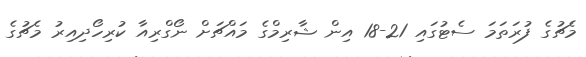
މެޗުގެ ފުރަތަަމަ ސެޓުގައި 21-18 އިން ޝާރިމްގެ މައްޗަށް ނޯގްރިއާ ކުރިހޯދިއިރު މެޗުގެ